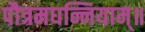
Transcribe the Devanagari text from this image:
पौत्रमघन्नियाम्॥